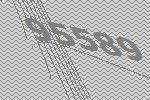
95589